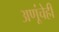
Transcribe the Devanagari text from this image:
अणूंचेही